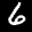
Label: 6